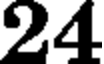
24